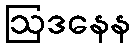
ဩဒနေန